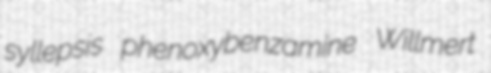
syllepsis phenoxybenzamine Willmert